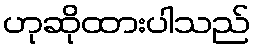
ဟုဆိုထားပါသည်